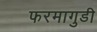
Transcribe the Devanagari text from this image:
फरमागुडी